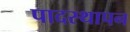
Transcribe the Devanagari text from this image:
पादस्थापन